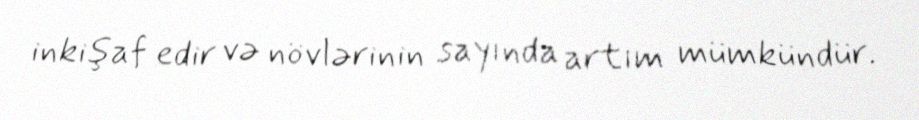
inkişaf edir və növlərinin sayında artım mümkündür.